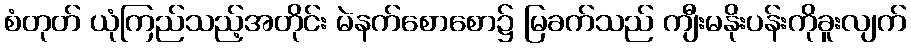
စံတုတ် ယုံကြည်သည့်အတိုင်း မဲနက်စောစော၌ မြခက်သည် ကျီးမနိုးပန်းကိုခူးလျက်